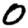
Digit: 0